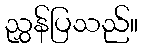
ညွှန်ပြသည်။